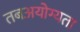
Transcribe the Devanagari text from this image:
तबअयोग्यता